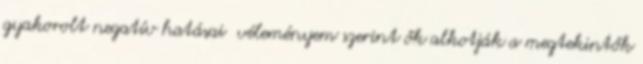
gyakorolt negatív hatásai véleményem szerint ők alkotják a megtekintők